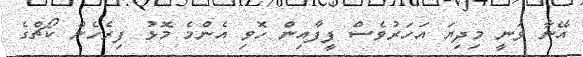
އޭނާ ވަނީ މިދިޔަ އަހަރުވެސް ފީފާއިން ހޮވި އެންމެ މޮޅު ފިރެހެން ކޯޗްގެ